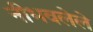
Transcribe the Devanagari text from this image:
नीभवलेले